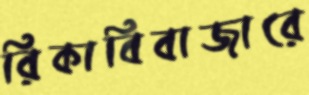
রিকাবিবাজারে